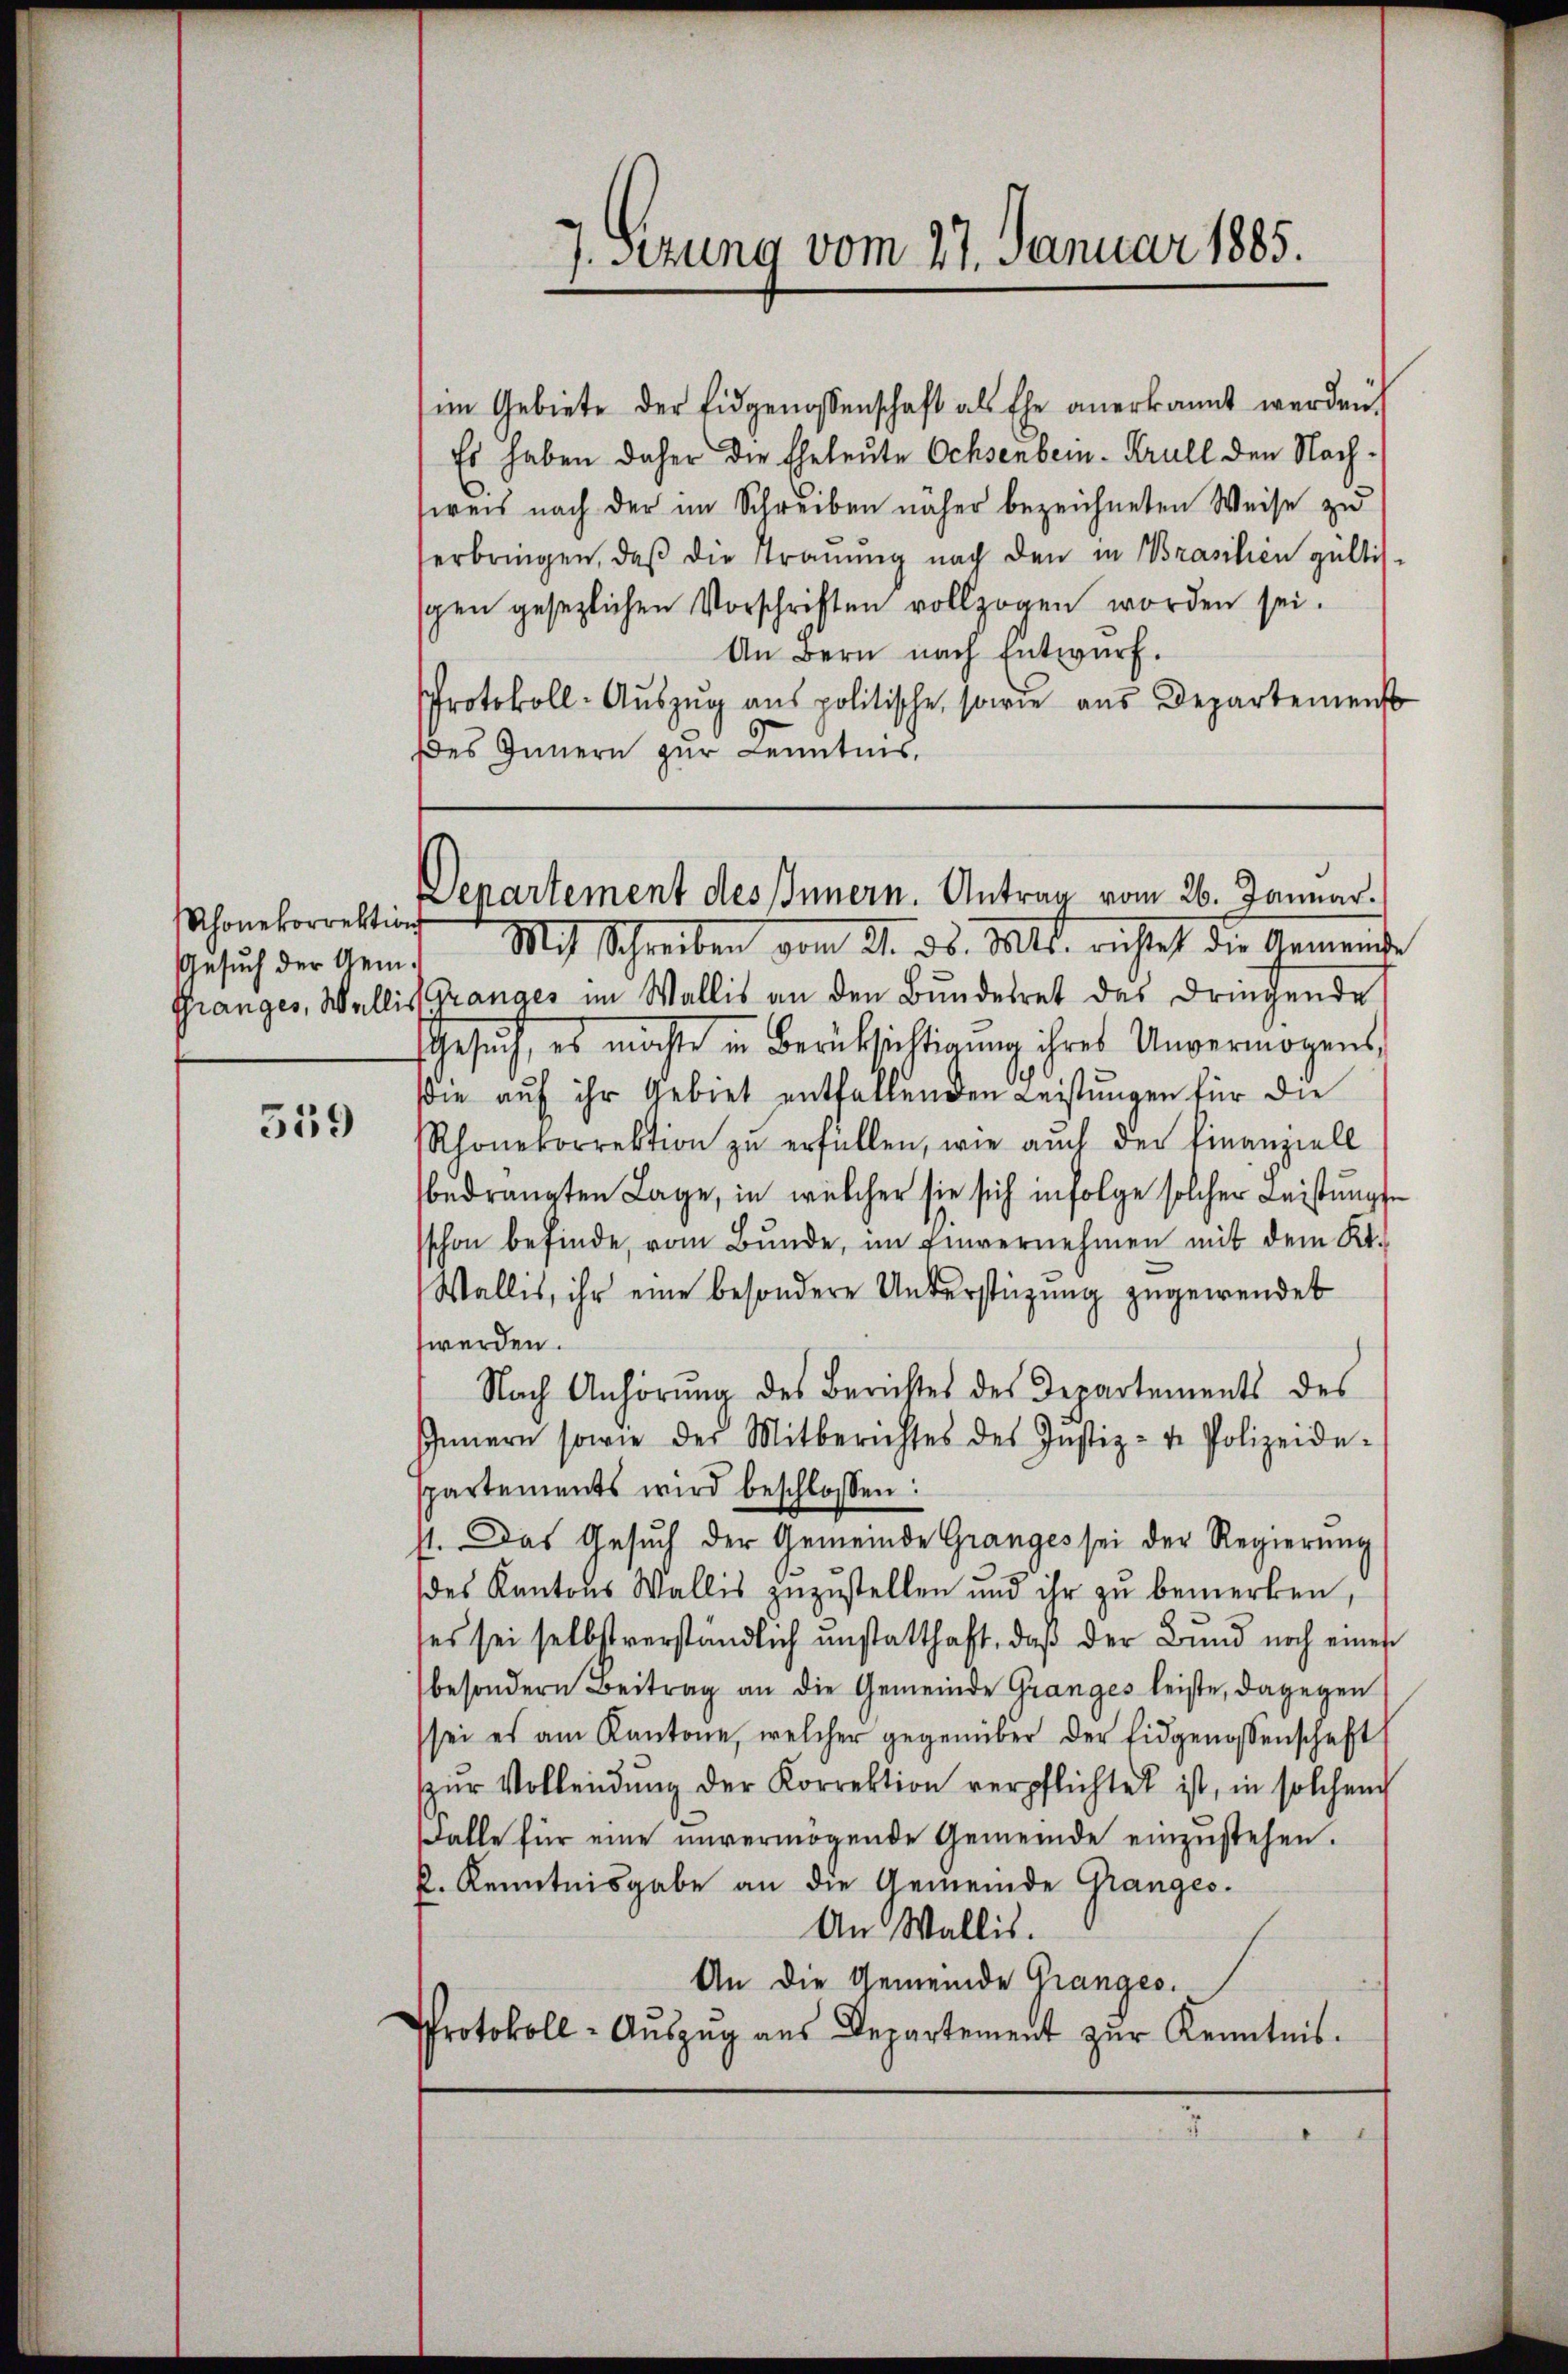
Rhonekorrektion
Gesuch der Gem.

539

7. Sitzung vom 27. Januar 1885.

im Gebiete der Eidgenossenschaft als Ehe anerkannt werden.
Es haben daher die Eheleute Ochsenbein-Krull den Nachsweis nach der im Schreiben näher bezeichneten Weise zu
erbringen, daß die Trauung nach den in Brasilien gültis-
gen gesezlichen Vorschriften vollzogen worden sei.
An Bern nach Entwurf.
Protokoll-Aŭszŭg ans politische, sowie aus Departemenst
es Innern zur Kenntnis,

Mit Schreiben vom 21. 55. 1811. richtet die Gemeinde
Granges, Wallis Grandes im Wallis an den Bundesrat des dringende
Gesŭch, es möchte in Berücksichtigŭng ihres Unvermögens
die auf ihr Gebiet entfallenden Leistungen für die
Rhonekorrektion zŭ erfüllen, wie aŭch der Finanziell
bedrängten Lage, in welcher sie sich infolge solcher Leistungse
schon befinde, vom Bunde, im Einvernehmen mit dem Kt.
Wallis, ihr eine besondere Unterstüzung zugewendet
werden.
Nach Anhörŭng des Berichtes des Departements des
Innern sowie der Mitberichtes des Justiz- u. Polizeide-
spartements wird beschlossen:
st. Das Gesuch der Gemeinde Granges sei der Regierung
des Kantons Wallis zuzustellen und ihr zu bemerken,
ses sei selbst verständlich unstatthaft, daß der Bund noch eines
besondern Beitrag an die Gemeinde Granges leiste, dagegen
sei es am Kantone, welcher gegenüber der Eidgenossenschaft
zŭr Vollendŭng der Korrektion verpflichtet ist, in solchem
salle für eine unvermögende Gemeinde einzustehen.
k. Kenntnisgabe an die Gemeinde Granges.
An Wallis.
An die Gemeinde Granges.
Protokoll- Aŭszŭg aŭs Departement zŭr Kenntnis-

Separtement des Innern. Antrag vom 26. Januar.